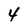
Character: 4